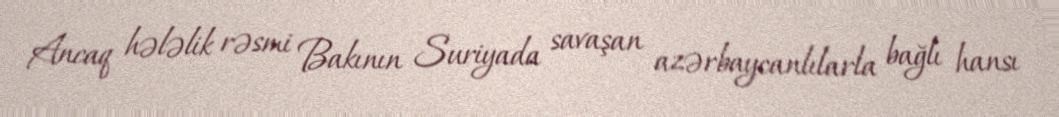
Ancaq hələlik rəsmi Bakının Suriyada savaşan azərbaycanlılarla bağlı hansı